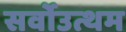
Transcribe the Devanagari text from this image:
सर्वोउत्थम